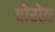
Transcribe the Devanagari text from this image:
बोरोत्र